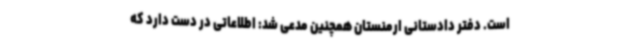
است. دفتر دادستانی ارمنستان همچنین مدعی شد: اطلاعاتی در دست دارد که